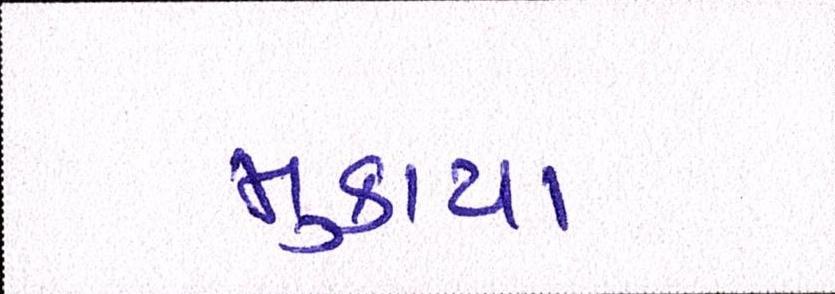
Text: મુકાયા